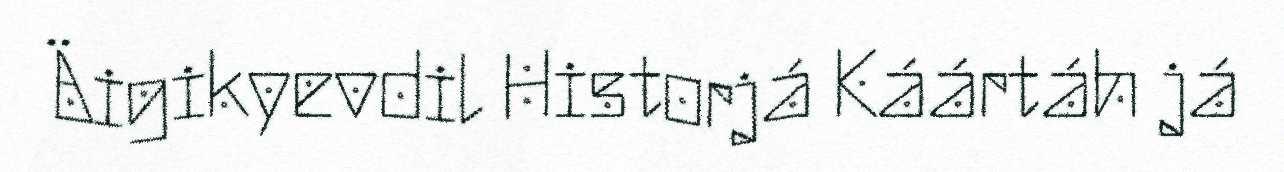
Äigikyevdil Historjá Káártáh já